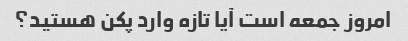
امروز جمعه است آیا تازه وارد پکن هستید؟